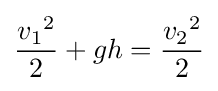
{\frac {{v_{1}}^{2}}{2}}+gh={\frac {{v_{2}}^{2}}{2}}